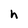
Character: h